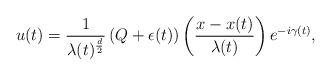
LaTeX: \begin{align*}u(t)=\frac{1}{\lambda(t)^{\frac{d}{2}}}\left(Q+\epsilon(t)\right)\left(\frac{x-x(t)}{\lambda(t)}\right)e^{-i\gamma(t)},\end{align*}